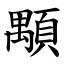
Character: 顒